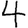
Digit: 4